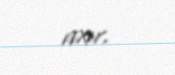
axır.